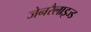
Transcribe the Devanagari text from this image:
जेनरैलाइज्ड